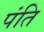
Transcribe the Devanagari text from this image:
पंति